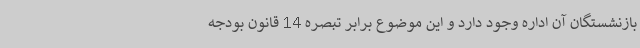
بازنشستگان آن اداره وجود دارد و این موضوع برابر تبصره 14 قانون بودجه